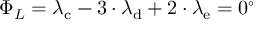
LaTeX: \Phi _ { L } = \lambda _ { \mathrm { { c } } } - 3 \cdot \lambda _ { \mathrm { { d } } } + 2 \cdot \lambda _ { \mathrm { { e } } } = 0 ^ { \circ }